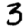
Digit: 3